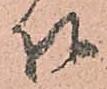
相